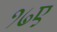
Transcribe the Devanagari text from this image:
१७ए